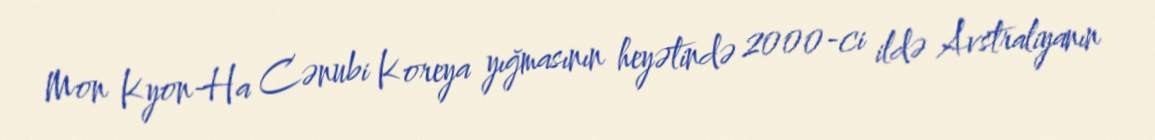
Mon Kyon-Ha Cənubi Koreya yığmasının heyətində 2000-ci ildə Avstraliyanın